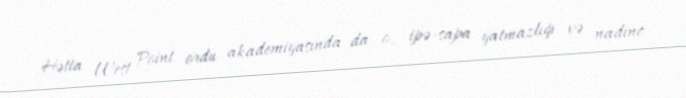
Hətta West Point ordu akademiyasında da o, ipə-sapa yatmazlığı və nadinc